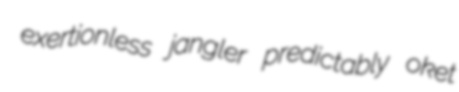
exertionless jangler predictably oket